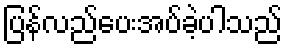
ပြန်လည်ပေးအပ်ခဲ့ပါသည်